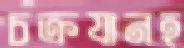
চক্রযানহ